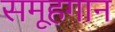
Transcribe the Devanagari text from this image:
समूहगान